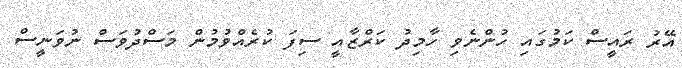
އޭރު ރައީސް ކަމުގައި ހުންނެވި ހާމިދު ކަރްޒާއީ ސިފަ ކުރެއްވުމުން މަސްދުވަސް ނުވަނީސް